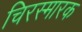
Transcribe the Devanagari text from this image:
चिरस्मारक